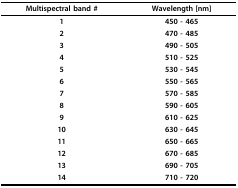
<table><thead><tr><td><b>Multispectral band #</b></td><td><b>Wavelength [nm]</b></td></tr></thead><tbody><tr><td><b>1</b></td><td><b>450 - 465</b></td></tr><tr><td><b>2</b></td><td><b>470 - 485</b></td></tr><tr><td><b>3</b></td><td><b>490 - 505</b></td></tr><tr><td><b>4</b></td><td><b>510 - 525</b></td></tr><tr><td><b>5</b></td><td><b>530 - 545</b></td></tr><tr><td><b>6</b></td><td><b>550 - 565</b></td></tr><tr><td><b>7</b></td><td><b>570 - 585</b></td></tr><tr><td><b>8</b></td><td><b>590 - 605</b></td></tr><tr><td><b>9</b></td><td><b>610 - 625</b></td></tr><tr><td><b>10</b></td><td><b>630 - 645</b></td></tr><tr><td><b>11</b></td><td><b>650 - 665</b></td></tr><tr><td><b>12</b></td><td><b>670 - 685</b></td></tr><tr><td><b>13</b></td><td><b>690 - 705</b></td></tr><tr><td><b>14</b></td><td><b>710 - 720</b></td></tr></tbody></table>